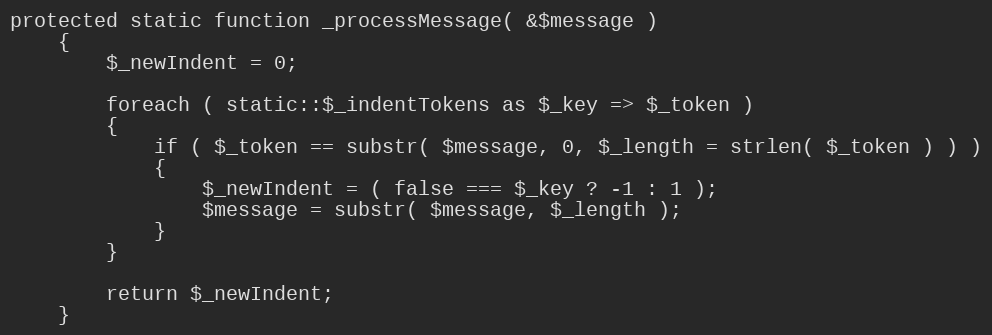
Language: PHP
protected static function _processMessage( &$message )
    {
        $_newIndent = 0;

        foreach ( static::$_indentTokens as $_key => $_token )
        {
            if ( $_token == substr( $message, 0, $_length = strlen( $_token ) ) )
            {
                $_newIndent = ( false === $_key ? -1 : 1 );
                $message = substr( $message, $_length );
            }
        }

        return $_newIndent;
    }